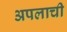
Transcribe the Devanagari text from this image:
अपलाची